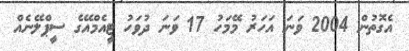
އެގޮތުން 2004 ވަނަ އަހަރު މޭމަހު 17 ވަނަ ދުވަހު ޓީއެމްއޭގެ ސީޕްލޭނެއް